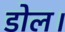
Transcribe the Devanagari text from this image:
डोल।